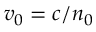
v _ { 0 } = c / n _ { 0 }